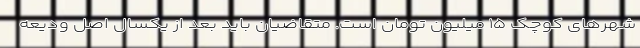
شهرهای کوچک ۱۵ میلیون تومان است. متقاضیان باید بعد از یکسال اصل ودیعه